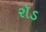
રૉડ